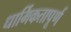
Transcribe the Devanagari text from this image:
धार्मिकतापूर्ण